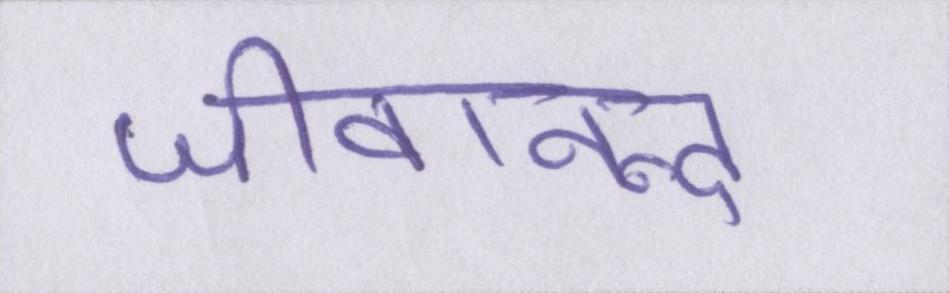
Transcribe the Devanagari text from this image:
जीवानन्द